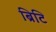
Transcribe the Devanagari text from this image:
ब्रिटि